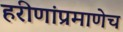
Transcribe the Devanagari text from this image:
हरीणांप्रमाणेच